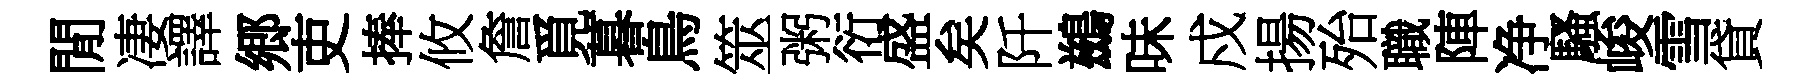
閒凄譯郷吏捧攸詹覓暮鳥筮粥衍盛矣阡鷀味戍揚殆職陣净騷峻雪貸